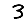
Digit: 3